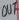
Text: OUT